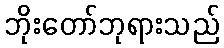
ဘိုးတော်ဘုရားသည်